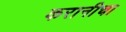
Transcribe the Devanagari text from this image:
करानीचा